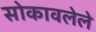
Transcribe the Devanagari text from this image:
सोकावलेले